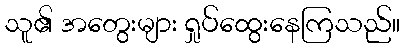
သူ၏ အတွေးများ ရှုပ်ထွေးနေကြသည်။